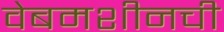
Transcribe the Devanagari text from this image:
वेबमशीनची